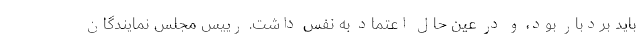
باید بردبار بود، و در عین حال اعتماد به نفس داشت. رییس مجلس نمایندگان